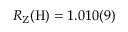
R _ { \mathrm { Z } } ( \mathrm { H } ) = 1 . 0 1 0 ( 9 )